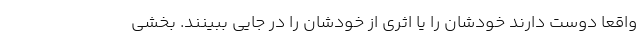
واقعا دوست دارند خودشان را یا اثری از خودشان را در جایی ببینند. بخشی